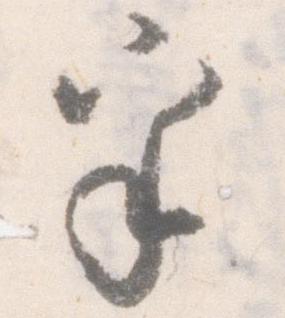
乎